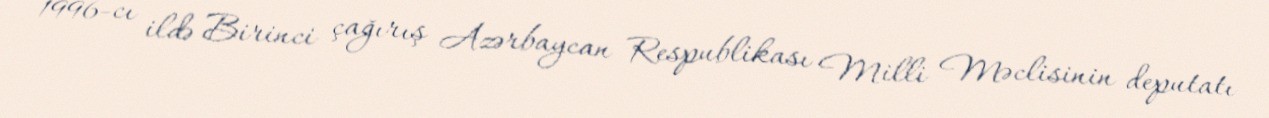
1996-cı ildə Birinci çağırış Azərbaycan Respublikası Milli Məclisinin deputatı